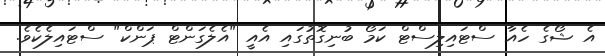
އެ ޝޯގެ ހެއާ ސްޓައިލިސްޓް ކަމޯ ބުނިގޮތުގައި އެއީ "އެލެގަންޓް ޕަންކް" ސްޓައިލެކެވެ.